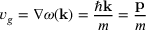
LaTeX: v _ { g } = \nabla \omega ( \mathbf { k } ) = { \frac { \hbar \mathbf { k } } { m } } = { \frac { \mathbf { p } } { m } }